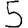
Digit: 5